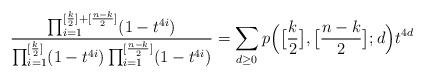
LaTeX: \begin{align*}\frac{\prod_{i=1}^{[\frac{k}{2}]+[\frac{n-k}{2}]}(1-t^{4i})}{\prod_{i=1}^{[\frac{k}{2}]}(1-t^{4i})\prod_{i=1}^{[\frac{n-k}{2}]}(1-t^{4i})}=\sum_{d\geq 0}p\Big(\big[\frac{k}{2}\big], \big[\frac{n-k}{2}\big]; d\Big)t^{4d}\end{align*}